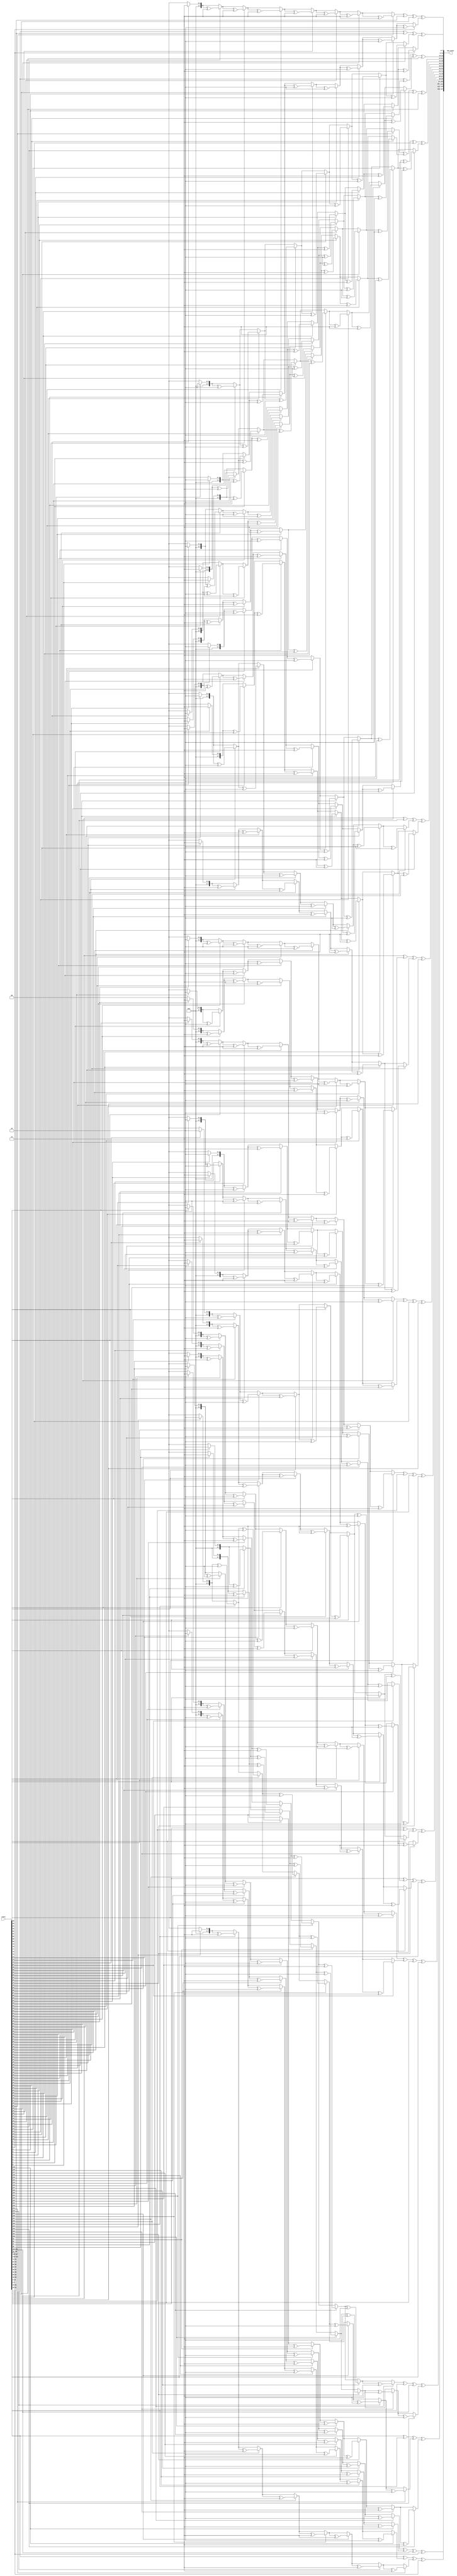
module MixColumns(
    input [127:0] state,
    output [127:0] new_state
);
    function [7:0] gmul;
        input [7:0] a, b;
        integer i;
        begin
            gmul = 0;
            for (i = 0; i < 8; i = i + 1) begin
                if (b[i])
                    gmul = gmul ^ a;
                if (a[7])
                    a = (a << 1) ^ 8'h1b;
                else
                    a = a << 1;
            end
        end
    endfunction

    wire [7:0] s [0:15];
    assign {s[0], s[1], s[2], s[3], s[4], s[5], s[6], s[7], s[8], s[9], s[10], s[11], s[12], s[13], s[14], s[15]} = state;

    assign new_state = {gmul(8'h02, s[0]) ^ gmul(8'h03, s[1]) ^ s[2] ^ s[3], // Column 1
                        s[0] ^ gmul(8'h02, s[1]) ^ gmul(8'h03, s[2]) ^ s[3],
                        s[0] ^ s[1] ^ gmul(8'h02, s[2]) ^ gmul(8'h03, s[3]),
                        gmul(8'h03, s[0]) ^ s[1] ^ s[2] ^ gmul(8'h02, s[3]),

                        gmul(8'h02, s[4]) ^ gmul(8'h03, s[5]) ^ s[6] ^ s[7], // Column 2
                        s[4] ^ gmul(8'h02, s[5]) ^ gmul(8'h03, s[6]) ^ s[7],
                        s[4] ^ s[5] ^ gmul(8'h02, s[6]) ^ gmul(8'h03, s[7]),
                        gmul(8'h03, s[4]) ^ s[5] ^ s[6] ^ gmul(8'h02, s[7]),

                        gmul(8'h02, s[8]) ^ gmul(8'h03, s[9]) ^ s[10] ^ s[11], // Column 3
                        s[8] ^ gmul(8'h02, s[9]) ^ gmul(8'h03, s[10]) ^ s[11],
                        s[8] ^ s[9] ^ gmul(8'h02, s[10]) ^ gmul(8'h03, s[11]),
                        gmul(8'h03, s[8]) ^ s[9] ^ s[10] ^ gmul(8'h02, s[11]),

                        gmul(8'h02, s[12]) ^ gmul(8'h03, s[13]) ^ s[14] ^ s[15], // Column 4
                        s[12] ^ gmul(8'h02, s[13]) ^ gmul(8'h03, s[14]) ^ s[15],
                        s[12] ^ s[13] ^ gmul(8'h02, s[14]) ^ gmul(8'h03, s[15]),
                        gmul(8'h03, s[12]) ^ s[13] ^ s[14] ^ gmul(8'h02, s[15])};
endmodule